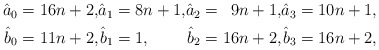
\begin{align*}\begin{alignedat}{4}\hat a_0&=16n+2, &\hat a_1&=8n+1, &\hat a_2&=\phantom09n+1, &\hat a_3&=10n+1,\\\hat b_0&=11n+2, &\hat b_1&=1, &\hat b_2&=16n+2, &\hat b_3&=16n+2,\end{alignedat}\end{align*}